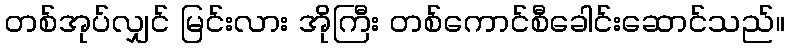
တစ်အုပ်လျှင် မြင်းလား အိုကြီး တစ်ကောင်စီခေါင်းဆောင်သည်။